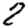
Digit: 2